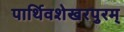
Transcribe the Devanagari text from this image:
पार्थिवशेखरपुरम्